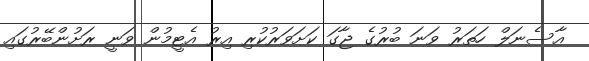
އާސެނަލް ހަތަރު ވަނަ ބުރުގެ ޖާގަ ކަށަވަރުކުރި އިރު އެޓީމުން ވަނީ ރަށުންބޭރުގައި